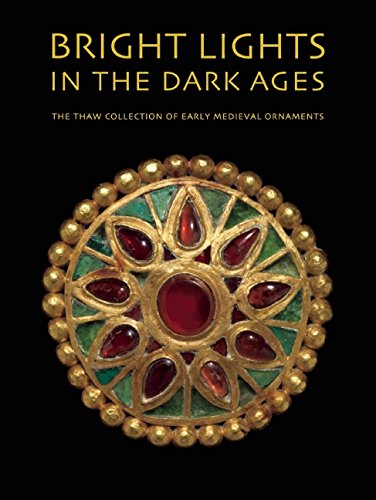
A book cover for Bright Lights in the Dark Ages: The Thaw Collection of Early Medieval Ornaments; NoÃ«l Adams; Crafts, Hobbies & Home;